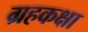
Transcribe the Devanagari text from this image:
ग्रहकक्षा